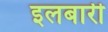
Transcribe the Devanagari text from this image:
इलबारी